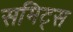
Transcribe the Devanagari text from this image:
समिट्स